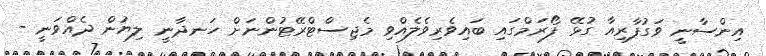
އިންސާނީ ވަގުފާރިއާ ގުޅޭ ފޯރަމްގައި ބައިވެރިވެލެއްވި މެޖިސްޓްރޭޓުންނަށް ހަނދާނީ ލިޔުން ދެއްވަނީ -